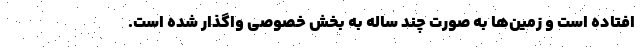
افتاده است و زمین‌ها به صورت چند ساله به بخش خصوصی واگذار شده است.